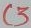
Text: C3